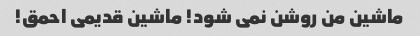
ماشین من روشن نمی شود! ماشین قدیمی احمق!